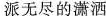
派无尽的潇洒